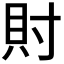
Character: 𧴫